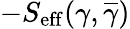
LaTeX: -S_{\mathrm{{eff}}}(\gamma,\overline{{\gamma}})